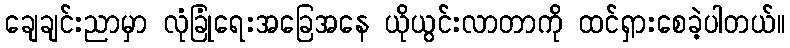
ချေချင်းညာမှာ လုံခြုံရေးအခြေအနေ ယိုယွင်းလာတာကို ထင်ရှားစေခဲ့ပါတယ်။